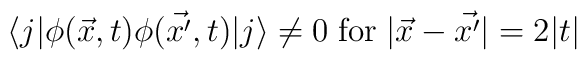
\langle j| \phi(\vec{x},t)\phi(\vec{x'},t) |j \rangle \not= 0 \; \mbox{for} \; |\vec{x}-\vec{x'}| = 2|t|